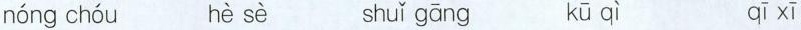
nóng chóu hè sè shuǐ gāng kū qì qī xī